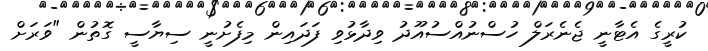
ކުރީގެ އެޓާނީ ޖެނެރަލް ހުސްނުއްސުއޫދު ވިދާޅުވި ފަދައިން މިފެށުނީ ސިޔާސީ ގޮތުން "ވަރަށް